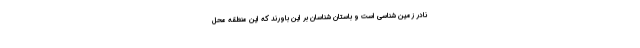
نادر زمین‌ شناسی است و باستان شناسان بر این باورند که این منطقه محل